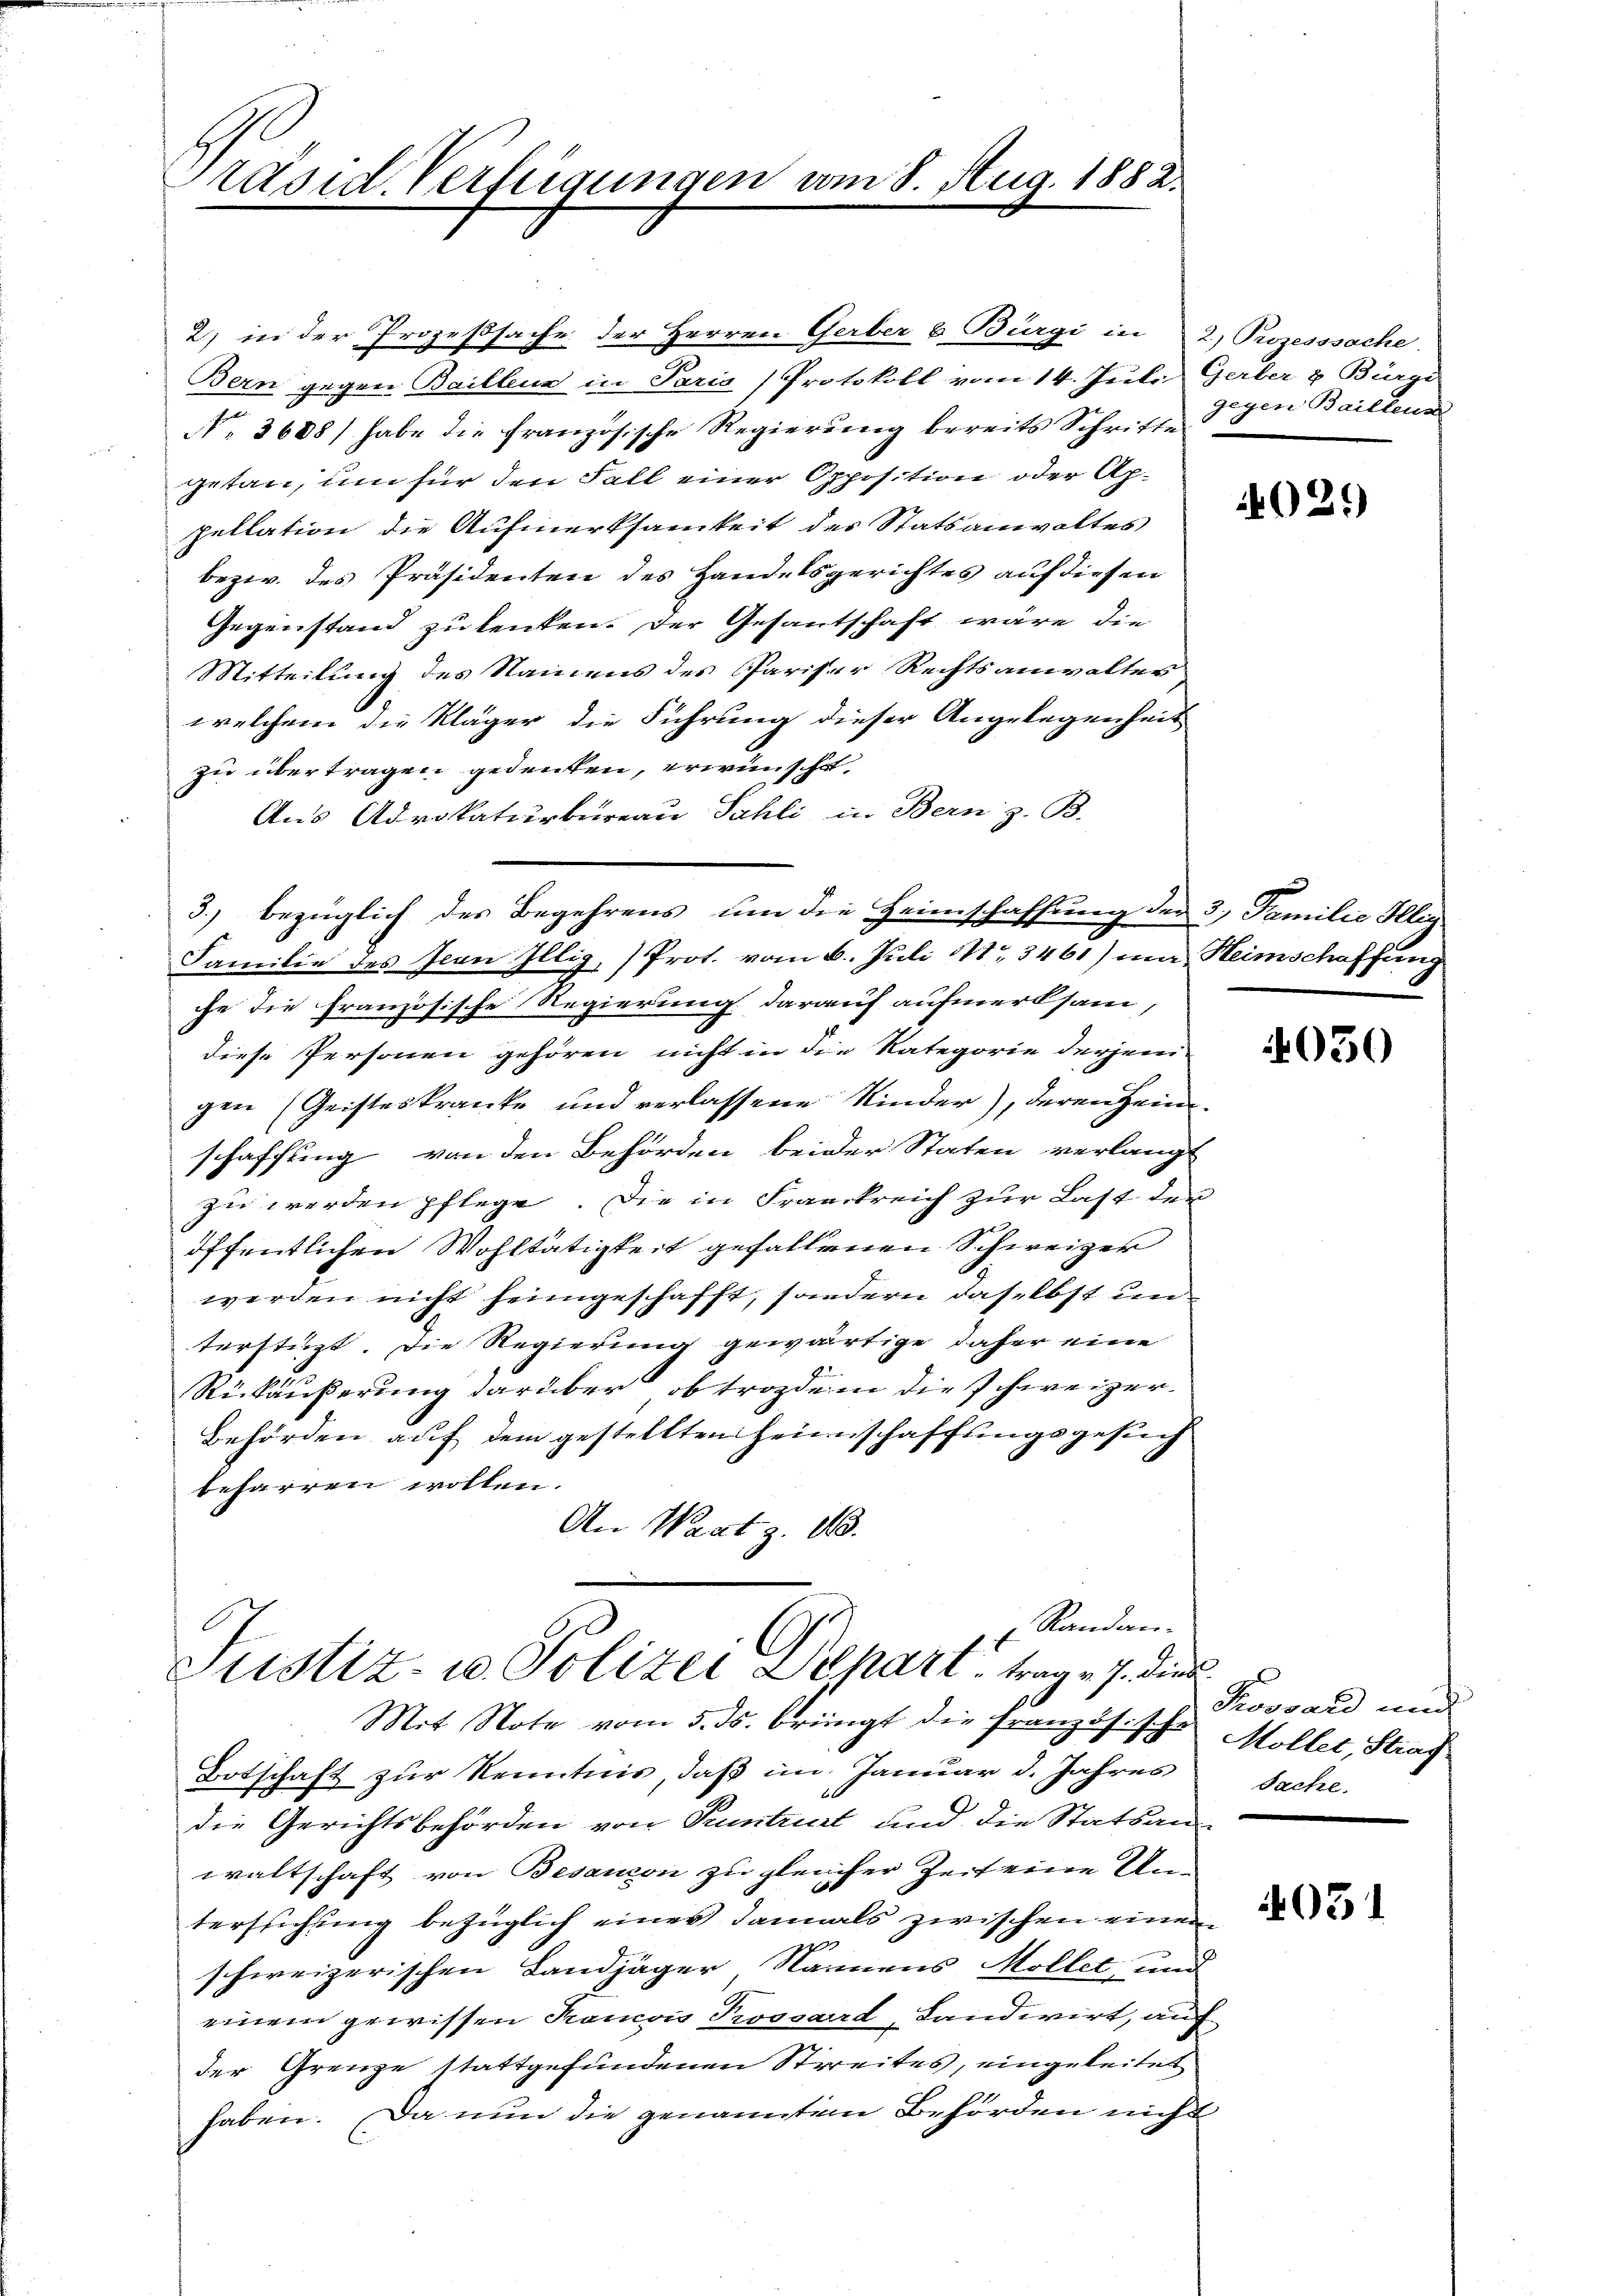
Präsid. Verfügungen vom 8. Aug. 1882.

2) in der Prozeßsache der Herren Gerber u. Bürgi in 2) Prozesssache.
Bern gegen Baillens in Paris Protokoll vom 14. Juli Gerber & Bürgi
No. 3688) habe die französische Regierŭng bereits Schritte
getan, um für den Fall einer Opposition oder Appellation die Aufmerksamkeit des Statsanwaltes
bezw. des Präsidenten des Handelsgerichtes auf diesen
Gegenstand zu kenten. Der Gesantschaft wäre die
Mitteilung des Namens des Pariser Rechtsanwalter
welchem die Kläger die Führung dieser Angelegenheit
zu übertragen gedenkten, erwünscht.
Aus Advokaturbureau Sahli, in Bern z. B.
3. bezüglich des Begehrens um die Heimschaffung der 3, Familie Illig
Familie des Ican Illig, (Prot. vom 6. Juli 183461) ma Heimschaffung
che die französische Regierung darauf aufmerksam,
diese Personen gehören nicht in die Kategorie derjenigen (Geisteskranke und verlassene Kinder), deren Heimschaffung von den Behörden beider Staten verlangt
zu werden pflege. Die in Frankreich zur Last der
öffentlichen Wohltätigkeit gefallenen Schweizer
werden nicht heimgeschafft, sondern daselbst un
terstützt. Die Regierung gewärtige daher eine
.
Rückäußerung darüber ob trozdem die schweizer¬
Behörden auf dem gestellten Heimschaffungsgesuch
beharren wollen.
An Wartz. 10.
Randan¬
Justiz- u. Polizei Depart trage 7. die
Mit Note vom 5. ds. bringt die Französische Möller, Straf
Botschaft zur Kenntnis, daß im Januar d. Jahres
die Gerichtsbehörden von Kuntrut und die Statsan
waltschaft von Besandon zu gleicher Zeit eine Unterstichung bezüglich einer damals zwischen einen
g
schweizerischen Landjäger Namens Möllet, und
einem gewissen Pancois Prossard, Landwirt, auf
der Grenze stattgefundenen Streites, eingeleitet
haben. Da nun die genannten Behörden nicht

gegen Baillens

025)

4050

Kossard und
Sache.

4031